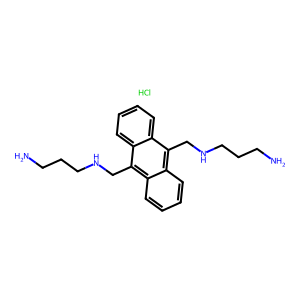
SMILES: Cl.NCCCNCc1c2ccccc2c(CNCCCN)c2ccccc12
Inhibits HIV replication: No